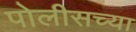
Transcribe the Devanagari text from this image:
पोलीसच्या